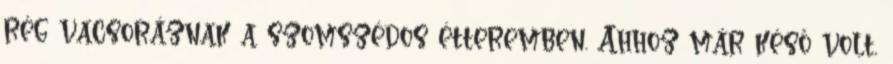
rég vacsoráznak a szomszédos étteremben. Ahhoz már késő volt,